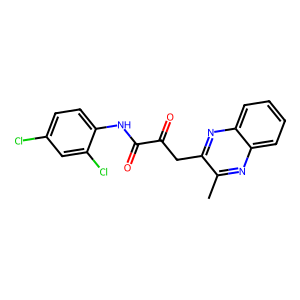
SMILES: Cc1nc2ccccc2nc1CC(=O)C(=O)Nc1ccc(Cl)cc1Cl
Inhibits HIV replication: Yes